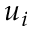
u _ { i }